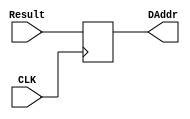
`timescale 1ns / 1ps
//////////////////////////////////////////////////////////////////////////////////
// Company: 
// Engineer: 
// 
// Design Name: 
// Module Name: ALUuotDR
// Project Name: 
// Target Devices: 
// Tool Versions: 
// Description: 
// 
// Dependencies: 
// 
// Revision:
// Revision 0.01 - File Created
// Additional Comments:
// 
//////////////////////////////////////////////////////////////////////////////////


module ALUoutDR(CLK,Result, DAddr);
    input CLK;
    input [31:0] Result;
    output reg [31:0] DAddr;
    always @(posedge CLK) begin
        DAddr<= Result;
    end
endmodule